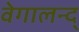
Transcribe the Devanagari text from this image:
वेगालन्द्